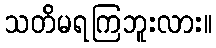
သတိမရကြဘူးလား။